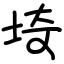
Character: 埼